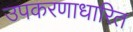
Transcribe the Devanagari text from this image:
उपकरणाधारित